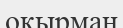
окырман